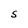
Character: S